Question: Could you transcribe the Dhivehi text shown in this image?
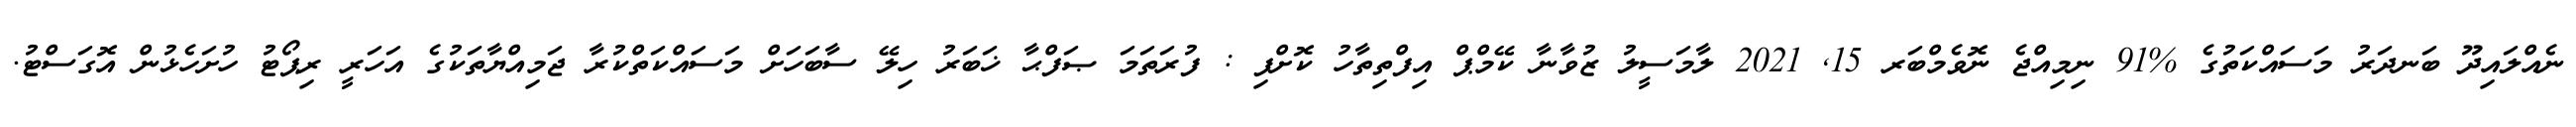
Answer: ނެއްލައިދޫ ބަނދަރު މަސައްކަތުގެ %91 ނިމިއްޖެ ނޮވެމްބަރ 15, 2021 ލާމަސީލު ޒުވާނާ ކޭމްޕް އިފްތިތާހު ކޮށްފި : ފުރަތަމަ ޞަފްޙާ ޚަބަރު ހިލޭ ސާބަހަށް މަސައްކަތްކުރާ ޖަމިއްޔާތަކުގެ އަހަރީ ރިޕޯޓު ހުށަހެޅުން އޮގަސްޓު.